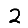
Digit: 2